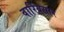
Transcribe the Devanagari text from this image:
वारियसार